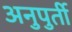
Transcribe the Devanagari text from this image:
अनुपुर्ती